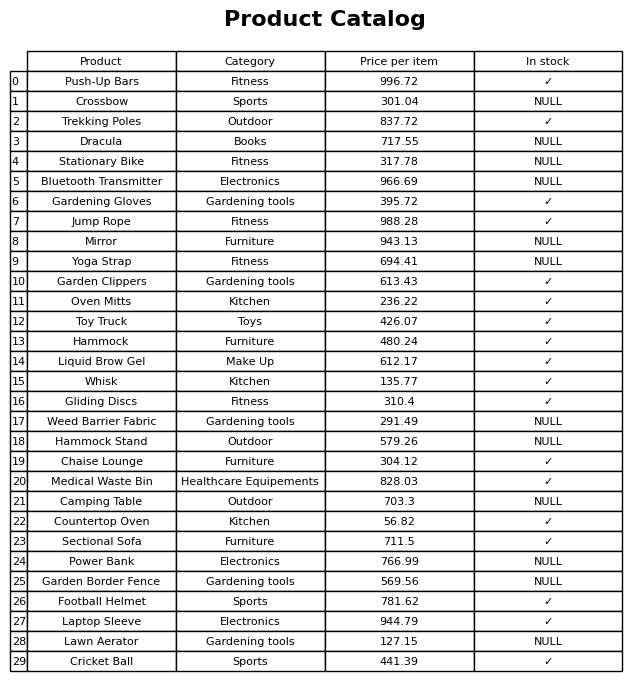
question: Is the Stationary Bike in stock?
answer: NULL